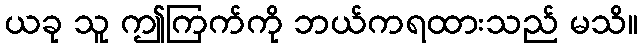
ယခု သူ ဤကြက်ကို ဘယ်ကရထားသည် မသိ။